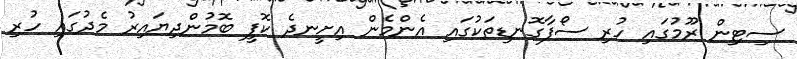
ސިޓިން ރޫމުގައި ހުރި ސޯފާގޮނޑިތަކުގައި އެންމެން އިށީނދެ ކޮފީ ބޮމުންދިޔައިރު މެދުގައި ހުރި